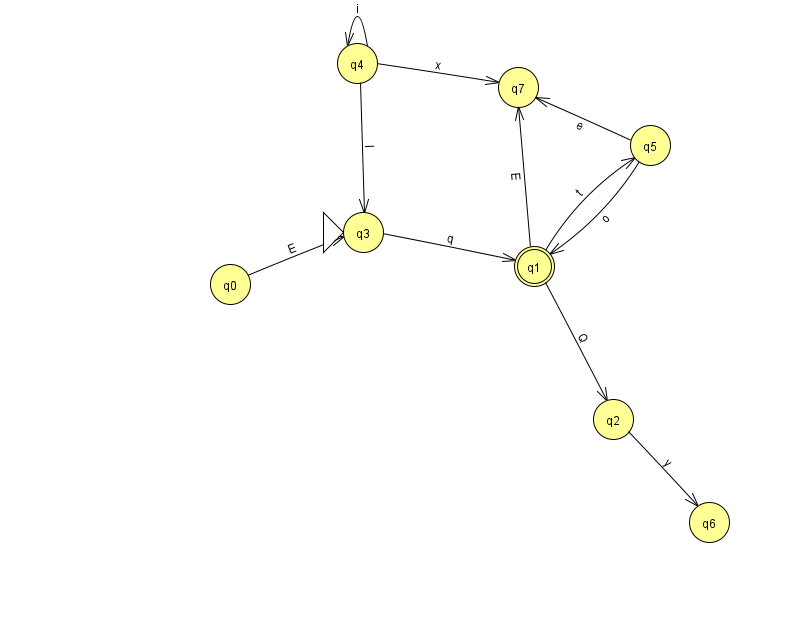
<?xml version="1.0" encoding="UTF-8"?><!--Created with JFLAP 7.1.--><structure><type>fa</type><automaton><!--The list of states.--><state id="0" name="q0"><x>230.0</x><y>271.0</y></state><state id="1" name="q1"><x>534.0</x><y>253.0</y><final/></state><state id="2" name="q2"><x>613.0</x><y>406.0</y></state><state id="3" name="q3"><x>363.0</x><y>219.0</y><initial/></state><state id="4" name="q4"><x>357.0</x><y>50.0</y></state><state id="5" name="q5"><x>650.0</x><y>132.0</y></state><state id="6" name="q6"><x>709.0</x><y>509.0</y></state><state id="7" name="q7"><x>518.0</x><y>74.0</y></state><!--The list of transitions.--><transition><from>1</from><to>2</to><read>Q</read></transition><transition><from>2</from><to>6</to><read>y</read></transition><transition><from>1</from><to>5</to><read>t</read></transition><transition><from>4</from><to>4</to><read>i</read></transition><transition><from>4</from><to>7</to><read>x</read></transition><transition><from>3</from><to>1</to><read>q</read></transition><transition><from>0</from><to>3</to><read>E</read></transition><transition><from>4</from><to>3</to><read>l</read></transition><transition><from>5</from><to>7</to><read>e</read></transition><transition><from>5</from><to>1</to><read>o</read></transition><transition><from>1</from><to>7</to><read>E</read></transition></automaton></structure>